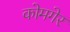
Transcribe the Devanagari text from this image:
कोमगेर